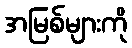
အမြစ်များကို